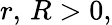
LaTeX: r,\, R>0,